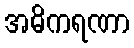
အဓိကရဏာ